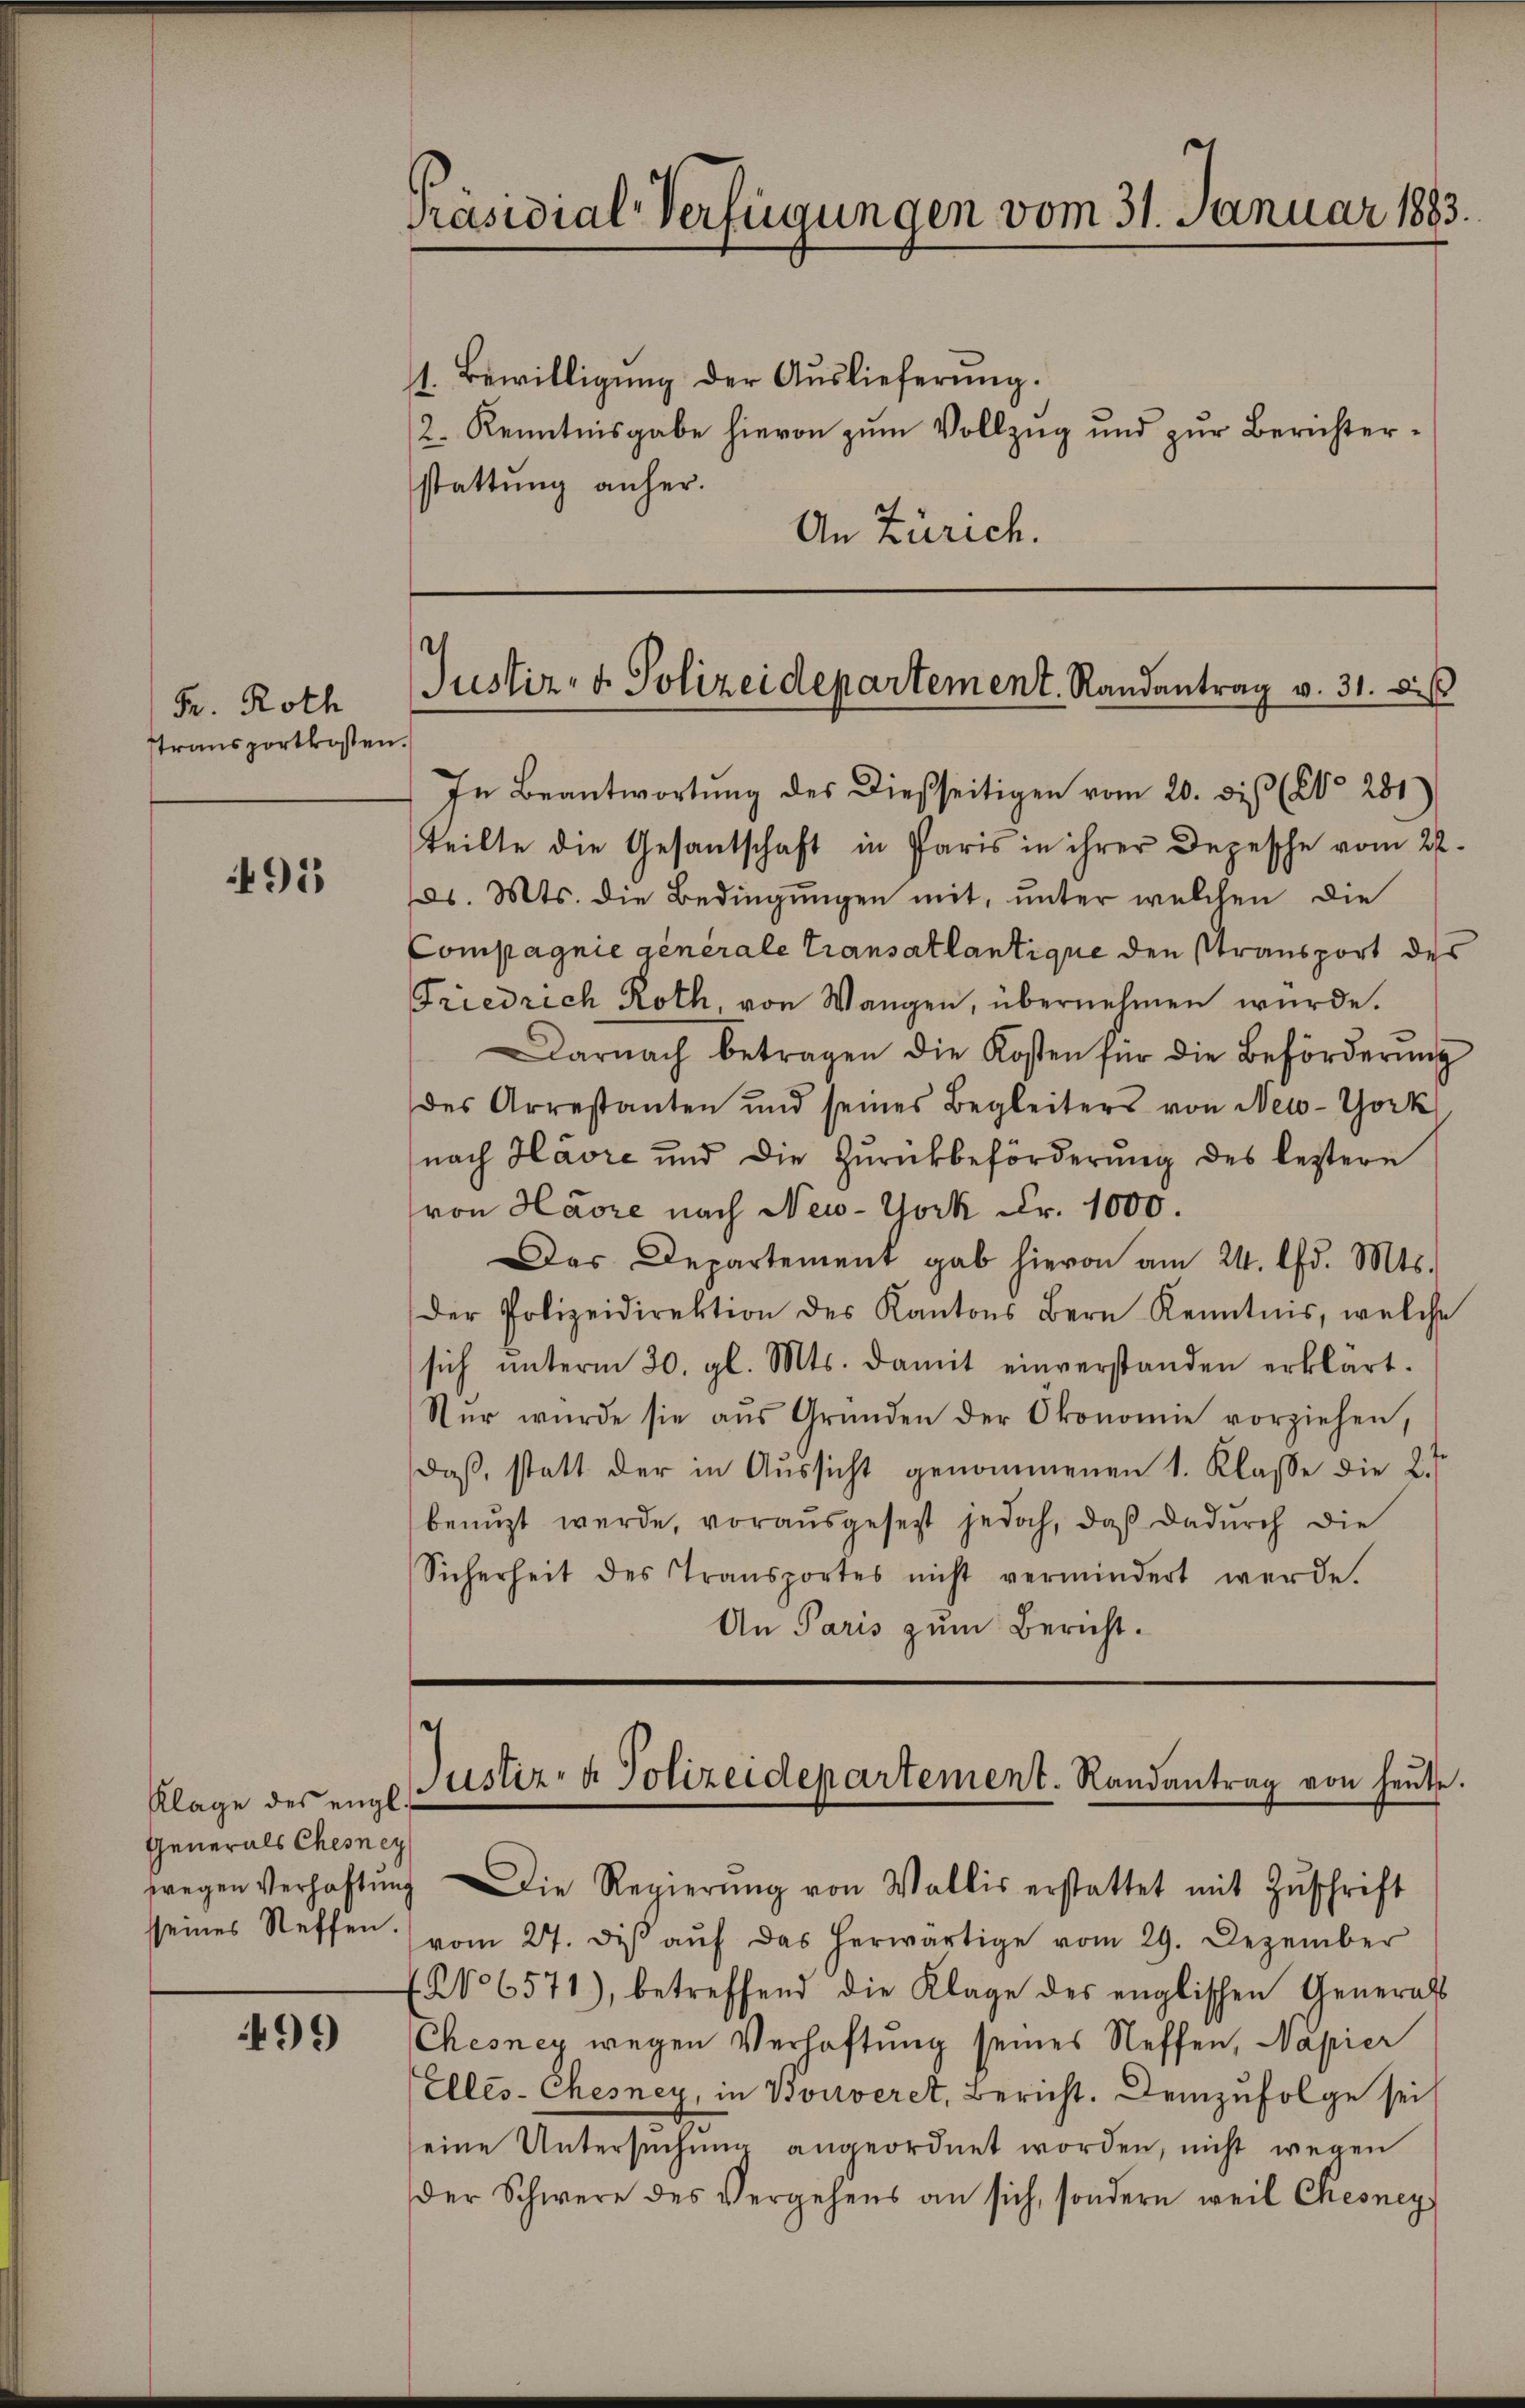
Präsidial-Verfügungen vom 31. Januar 1883.

1. Bewilligung der Auslieferung.
2. Kenntnisgabe hievon zum Vollzug und zur Berichterstattung anher.
An Zürich.

Justiz- & Polizeidepartement. Randantrag v. 31. di

Fr. Roth
transportkosten.

In Beantwortung des dießseitigen vom 20. dis (Co 281)
teilte die Gesantschaft in Paris in ihrer Depesche vom 22.
ds. Mts. die Bedingungen mit, unter welchen die
Compagnie generale Transatlantique den Stransport des
Friedrich Roth, von Wangen, übernehmen wurde.
arnach betragen die Kosten für die Beförderŭng
des Arrestanten und seines Begleiters von New-York
nach Havre und die Zŭrückbeförderŭng des leztere
von Havre nach New-York Fr. 1000.
Das Departement gab hievon am 24. d. Mts.
der Polizeidirektion des Kantons Bern Kenntnis, welche
sich ŭnterm 30. gl. Mts. damit einverstanden erklärt.
Nŭr wurde sie aŭs Gründen der Ökonomie vorziehen,
Daß, statt der in Aussicht genommenen 1. Klasse die 2
benuzt werde, vorausgesetzt jedoch, daß dadurch die
Sicherheit des Transportes nicht vermindert werde.
An Paris zum Bericht.

91

¬
Justiz- & Polizeidepartement. Randantrag von heŭte.
wegen Verhaftung die Regierŭng von Wallis erstattet mit Zŭschrift

Klage des engl.
Generals Chesney
sseines Steffen.

vom 27. diβ aŭf das herwärtige vom 29. Dezember
f No 6571), betreffend die Klage des englischen Generals
Chesner wegen Verhaftung seines Neffen, Napier
Ellés-Chesney, in Bouveret, Bericht. Demzufolge sei
eine Untersuchung angeordnet worden, nicht wegen
der Schwere des Vergehens an sich, sondern weil Chesney

99